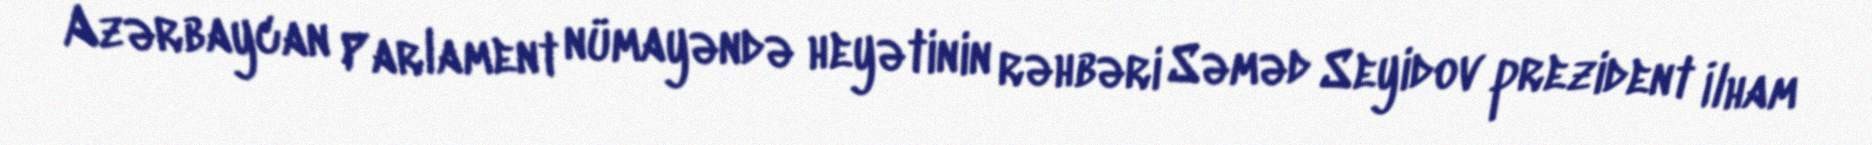
Azərbaycan Parlament nümayəndə heyətinin rəhbəri Səməd Seyidov prezident İlham